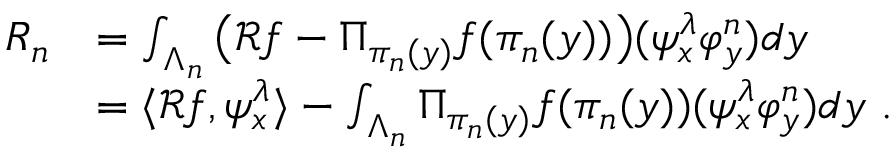
\begin{array} { r l } { R _ { n } } & { = \int _ { \Lambda _ { n } } \big ( \mathcal { R } f - \Pi _ { \pi _ { n } ( y ) } f ( \pi _ { n } ( y ) ) \big ) ( \psi _ { x } ^ { \lambda } \varphi _ { y } ^ { n } ) d y } \\ & { = \langle \mathcal { R } f , \psi _ { x } ^ { \lambda } \rangle - \int _ { \Lambda _ { n } } \Pi _ { \pi _ { n } ( y ) } f ( \pi _ { n } ( y ) ) ( \psi _ { x } ^ { \lambda } \varphi _ { y } ^ { n } ) d y \ . } \end{array}